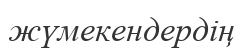
жүмекендердің